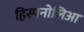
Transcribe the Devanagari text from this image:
हिस्पनोलिआ